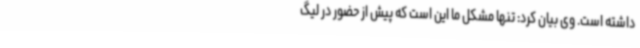
داشته است. وی بیان کرد: تنها مشکل ما این است که پیش از حضور در لیگ